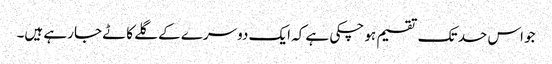
جو اس حد تک تقسیم ہو چکی ہے کہ ایک دوسرے کے گلے کاٹے جا رہے ہیں۔